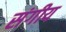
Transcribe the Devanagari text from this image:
संगीय